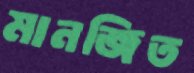
মানজিত